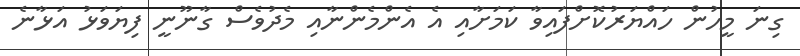
ގިނަ މީހުން ހައްޔަރުކޮށްފައިވާ ކަަމަށާއި އެ އެންމެންނާއި މެދުވެސް ގާނޫނީ ފިޔަވަޅު އަޅާނެ